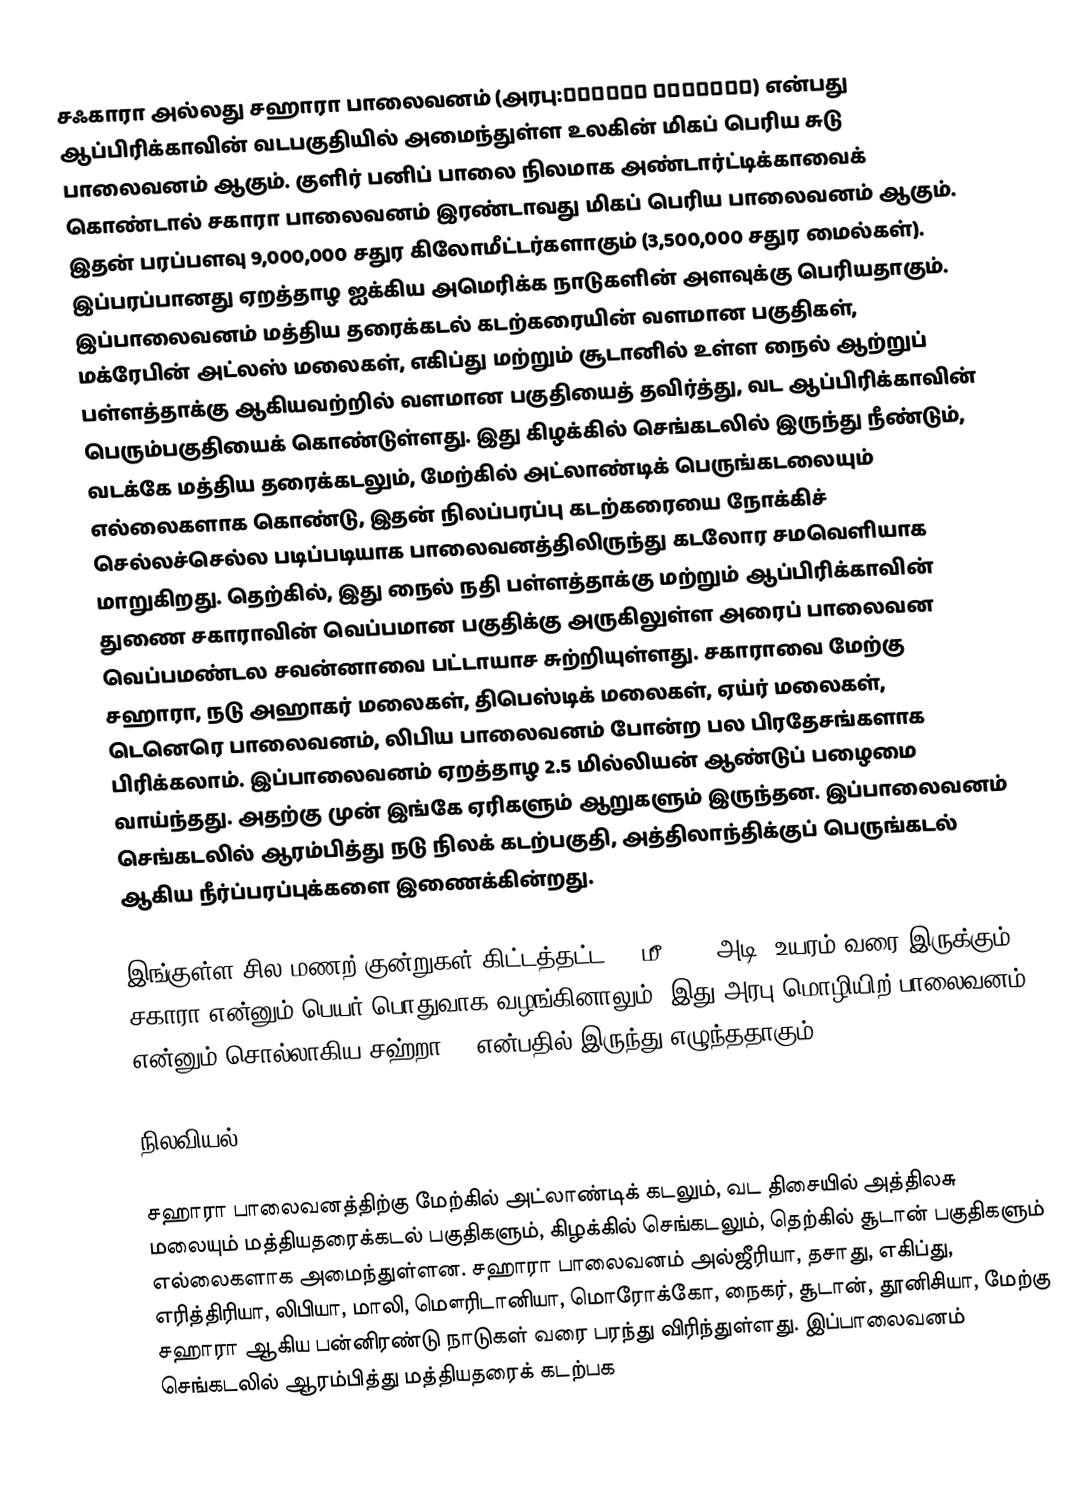
சஃகாரா அல்லது சஹாரா பாலைவனம் (அரபு:الصحراء الكبرى) என்பது ஆப்பிரிக்காவின் வடபகுதியில் அமைந்துள்ள உலகின் மிகப் பெரிய சுடு பாலைவனம் ஆகும். குளிர் பனிப் பாலை நிலமாக அண்டார்ட்டிக்காவைக் கொண்டால் சகாரா பாலைவனம் இரண்டாவது மிகப் பெரிய பாலைவனம் ஆகும். இதன் பரப்பளவு 9,000,000 சதுர கிலோமீட்டர்களாகும் (3,500,000 சதுர மைல்கள்). இப்பரப்பானது ஏறத்தாழ ஐக்கிய அமெரிக்க நாடுகளின் அளவுக்கு பெரியதாகும். இப்பாலைவனம் மத்திய தரைக்கடல் கடற்கரையின் வளமான பகுதிகள், மக்ரேபின் அட்லஸ் மலைகள், எகிப்து மற்றும் சூடானில் உள்ள நைல் ஆற்றுப் பள்ளத்தாக்கு ஆகியவற்றில் வளமான பகுதியைத் தவிர்த்து, வட ஆப்பிரிக்காவின் பெரும்பகுதியைக் கொண்டுள்ளது. இது கிழக்கில் செங்கடலில் இருந்து நீண்டும், வடக்கே மத்திய தரைக்கடலும், மேற்கில் அட்லாண்டிக் பெருங்கடலையும் எல்லைகளாக கொண்டு, இதன் நிலப்பரப்பு கடற்கரையை நோக்கிச் செல்லச்செல்ல படிப்படியாக பாலைவனத்திலிருந்து கடலோர சமவெளியாக மாறுகிறது. தெற்கில், இது நைல் நதி பள்ளத்தாக்கு மற்றும் ஆப்பிரிக்காவின் துணை சகாராவின் வெப்பமான பகுதிக்கு அருகிலுள்ள அரைப் பாலைவன வெப்பமண்டல சவன்னாவை பட்டாயாச சுற்றியுள்ளது. சகாராவை மேற்கு சஹாரா, நடு அஹாகர் மலைகள், திபெஸ்டிக் மலைகள், ஏய்ர் மலைகள், டெனெரெ பாலைவனம், லிபிய பாலைவனம் போன்ற பல பிரதேசங்களாக பிரிக்கலாம்.   இப்பாலைவனம் ஏறத்தாழ 2.5 மில்லியன் ஆண்டுப் பழைமை வாய்ந்தது. அதற்கு முன் இங்கே ஏரிகளும் ஆறுகளும் இருந்தன. இப்பாலைவனம் செங்கடலில் ஆரம்பித்து நடு நிலக் கடற்பகுதி, அத்திலாந்திக்குப் பெருங்கடல் ஆகிய நீர்ப்பரப்புக்களை இணைக்கின்றது.

இங்குள்ள சில மணற் குன்றுகள் கிட்டத்தட்ட 180மீ (590 அடி) உயரம் வரை இருக்கும். சகாரா என்னும் பெயர் பொதுவாக வழங்கினாலும், இது அரபு மொழியிற் பாலைவனம் என்னும் சொல்லாகிய சஹ்றா () என்பதில் இருந்து எழுந்ததாகும்.

நிலவியல்

சஹாரா பாலைவனத்திற்கு மேற்கில் அட்லாண்டிக் கடலும், வட திசையில் அத்திலசு மலையும் மத்தியதரைக்கடல் பகுதிகளும், கிழக்கில் செங்கடலும், தெற்கில் சூடான் பகுதிகளும் எல்லைகளாக அமைந்துள்ளன. சஹாரா பாலைவனம் அல்ஜீரியா, தசாது, எகிப்து, எரித்திரியா, லிபியா, மாலி, மௌரிடானியா, மொரோக்கோ, நைகர், சூடான், தூனிசியா, மேற்கு சஹாரா ஆகிய பன்னிரண்டு நாடுகள் வரை பரந்து விரிந்துள்ளது. இப்பாலைவனம் செங்கடலில் ஆரம்பித்து மத்தியதரைக் கடற்பக